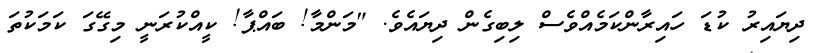
ދިޔައިރު ކުޑަ ހައިރާންކަމެއްވެސް ލިބިގެން ދިޔައެވެ. "މަންމާ! ބައްޕާ! ކީއްކުރަނީ މިގޭގަ ކަމަކުތަ